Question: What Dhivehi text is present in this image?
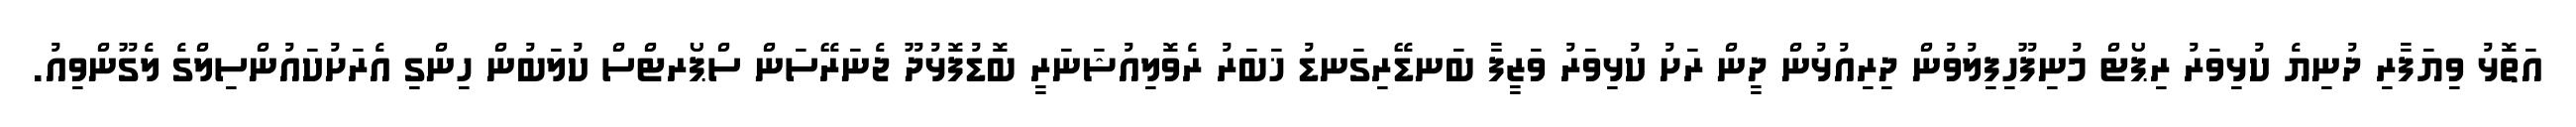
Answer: އަތޮޅު ވިޔަފާރި ދުނިޔެ ކުޅިވަރު ރިޕޯޓް މުނިފޫހިފިލުވުން ދިރިއުޅުން ދީން ރަށު ކުޅިވަރު ވަޒީފާ ބަނޑޭރިގަނޑު ޚަބަރު ރެވޮލިއުޝަނަރީ ބޮޑުފޮޅުދޫ ޖެނަރޭސަން ސްޕޯރޓްސް ކުލަބުން ހިންގި އެރަށުކައުންސިލްގެ ލެގޫންވިއު.